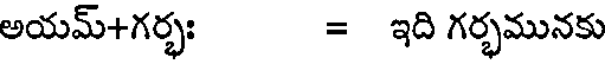
అయమ్+గర్భః = ఇది గర్భమునకు